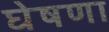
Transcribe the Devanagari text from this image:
घेषणा